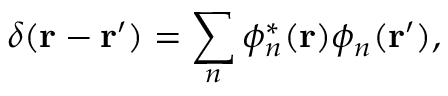
\delta ( \mathbf { r } - \mathbf { r } ^ { \prime } ) = \sum _ { n } \phi _ { n } ^ { * } ( \mathbf { r } ) \phi _ { n } ( \mathbf { r } ^ { \prime } ) ,